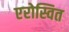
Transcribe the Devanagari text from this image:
एरोस्वित